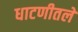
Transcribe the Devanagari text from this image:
धाटणीतले